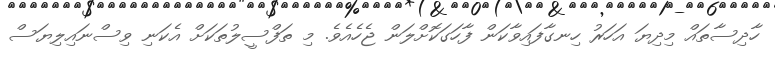
ހާދިސާތައް މިދިޔަ އަހަރު ހިނގާފައިވާކަން ފާހަގަކޮށްލަން ޖެހެއެވެ. މި ތަފްސީލުތަކަށް އެކަނި ވިސްނައިލިޔަސް